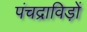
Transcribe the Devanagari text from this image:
पंचद्राविड़ों